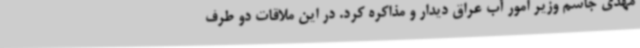
مهدی جاسم وزیر امور آب عراق دیدار و مذاکره کرد. در این ملاقات دو طرف